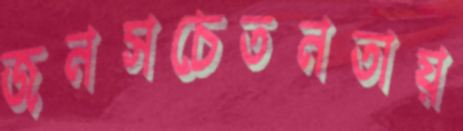
জনসচেতনতায়